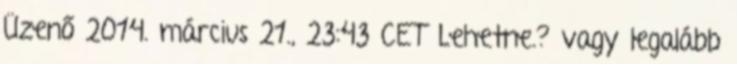
Üzenő 2014. március 21., 23:43 CET Lehetne.? vagy legalább